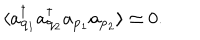
\langle a _ { { \bf q } _ { 1 } } ^ { \dagger } a _ { { \bf q } _ { 2 } } ^ { \dagger } a _ { { \bf p } _ { 1 } } a _ { { \bf p } _ { 2 } } \rangle \simeq 0 .